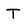
Character: T